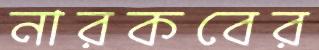
নারকবের